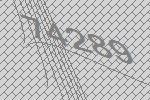
74289